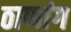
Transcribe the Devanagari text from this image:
ठाणांग